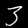
Digit: 3